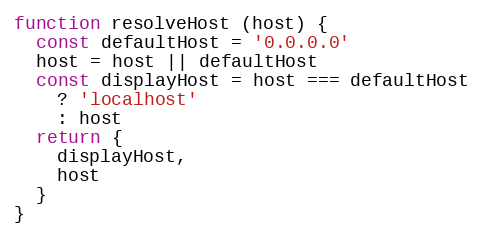
Language: JavaScript
function resolveHost (host) {
  const defaultHost = '0.0.0.0'
  host = host || defaultHost
  const displayHost = host === defaultHost
    ? 'localhost'
    : host
  return {
    displayHost,
    host
  }
}